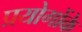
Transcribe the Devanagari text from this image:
प्रयोगोंके